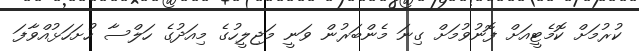
ކުރުމަށް ކޮމެޓީއަށް ފޮނުވުމަށް ގިނަ މެންބަރުން ވަނީ މަޖިލީހުގެ މިއަދުގެ ހަލްސާ ހުށަހަޅުއްވާފަ